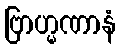
ဗြာဟ္မဏာနံ